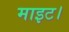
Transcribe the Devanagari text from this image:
माइट।